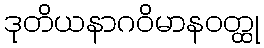
ဒုတိယနာဂဝိမာနဝတ္ထု